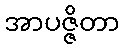
အာပဇ္ဇိတာ